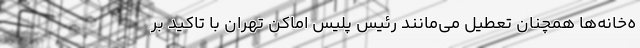
ه‌خانه‌ها همچنان تعطیل می‌مانند رئیس پلیس اماکن تهران با تاکید بر